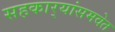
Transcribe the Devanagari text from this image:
सहकार्‍यांसमवेत